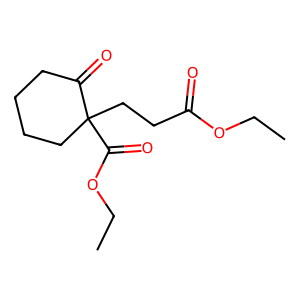
SMILES: CCOC(=O)CCC1(C(=O)OCC)CCCCC1=O
Inhibits HIV replication: No